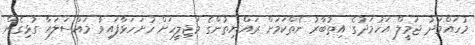
މުހައްމަދު ޖަމީލް އަހުމަދުގެ އިތުބާރު ނެތްކަމަށް ރައްޔިތުންގެ މަޖިލީހަށް ހުށަހަޅާފައިވާ މައްސަލައާ ގުޅިގެން